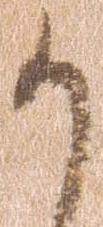
か